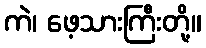
ကဲ၊ ဖေ့သားကြီးတို့။